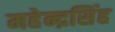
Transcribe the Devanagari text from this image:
महेन्द्रसिंह